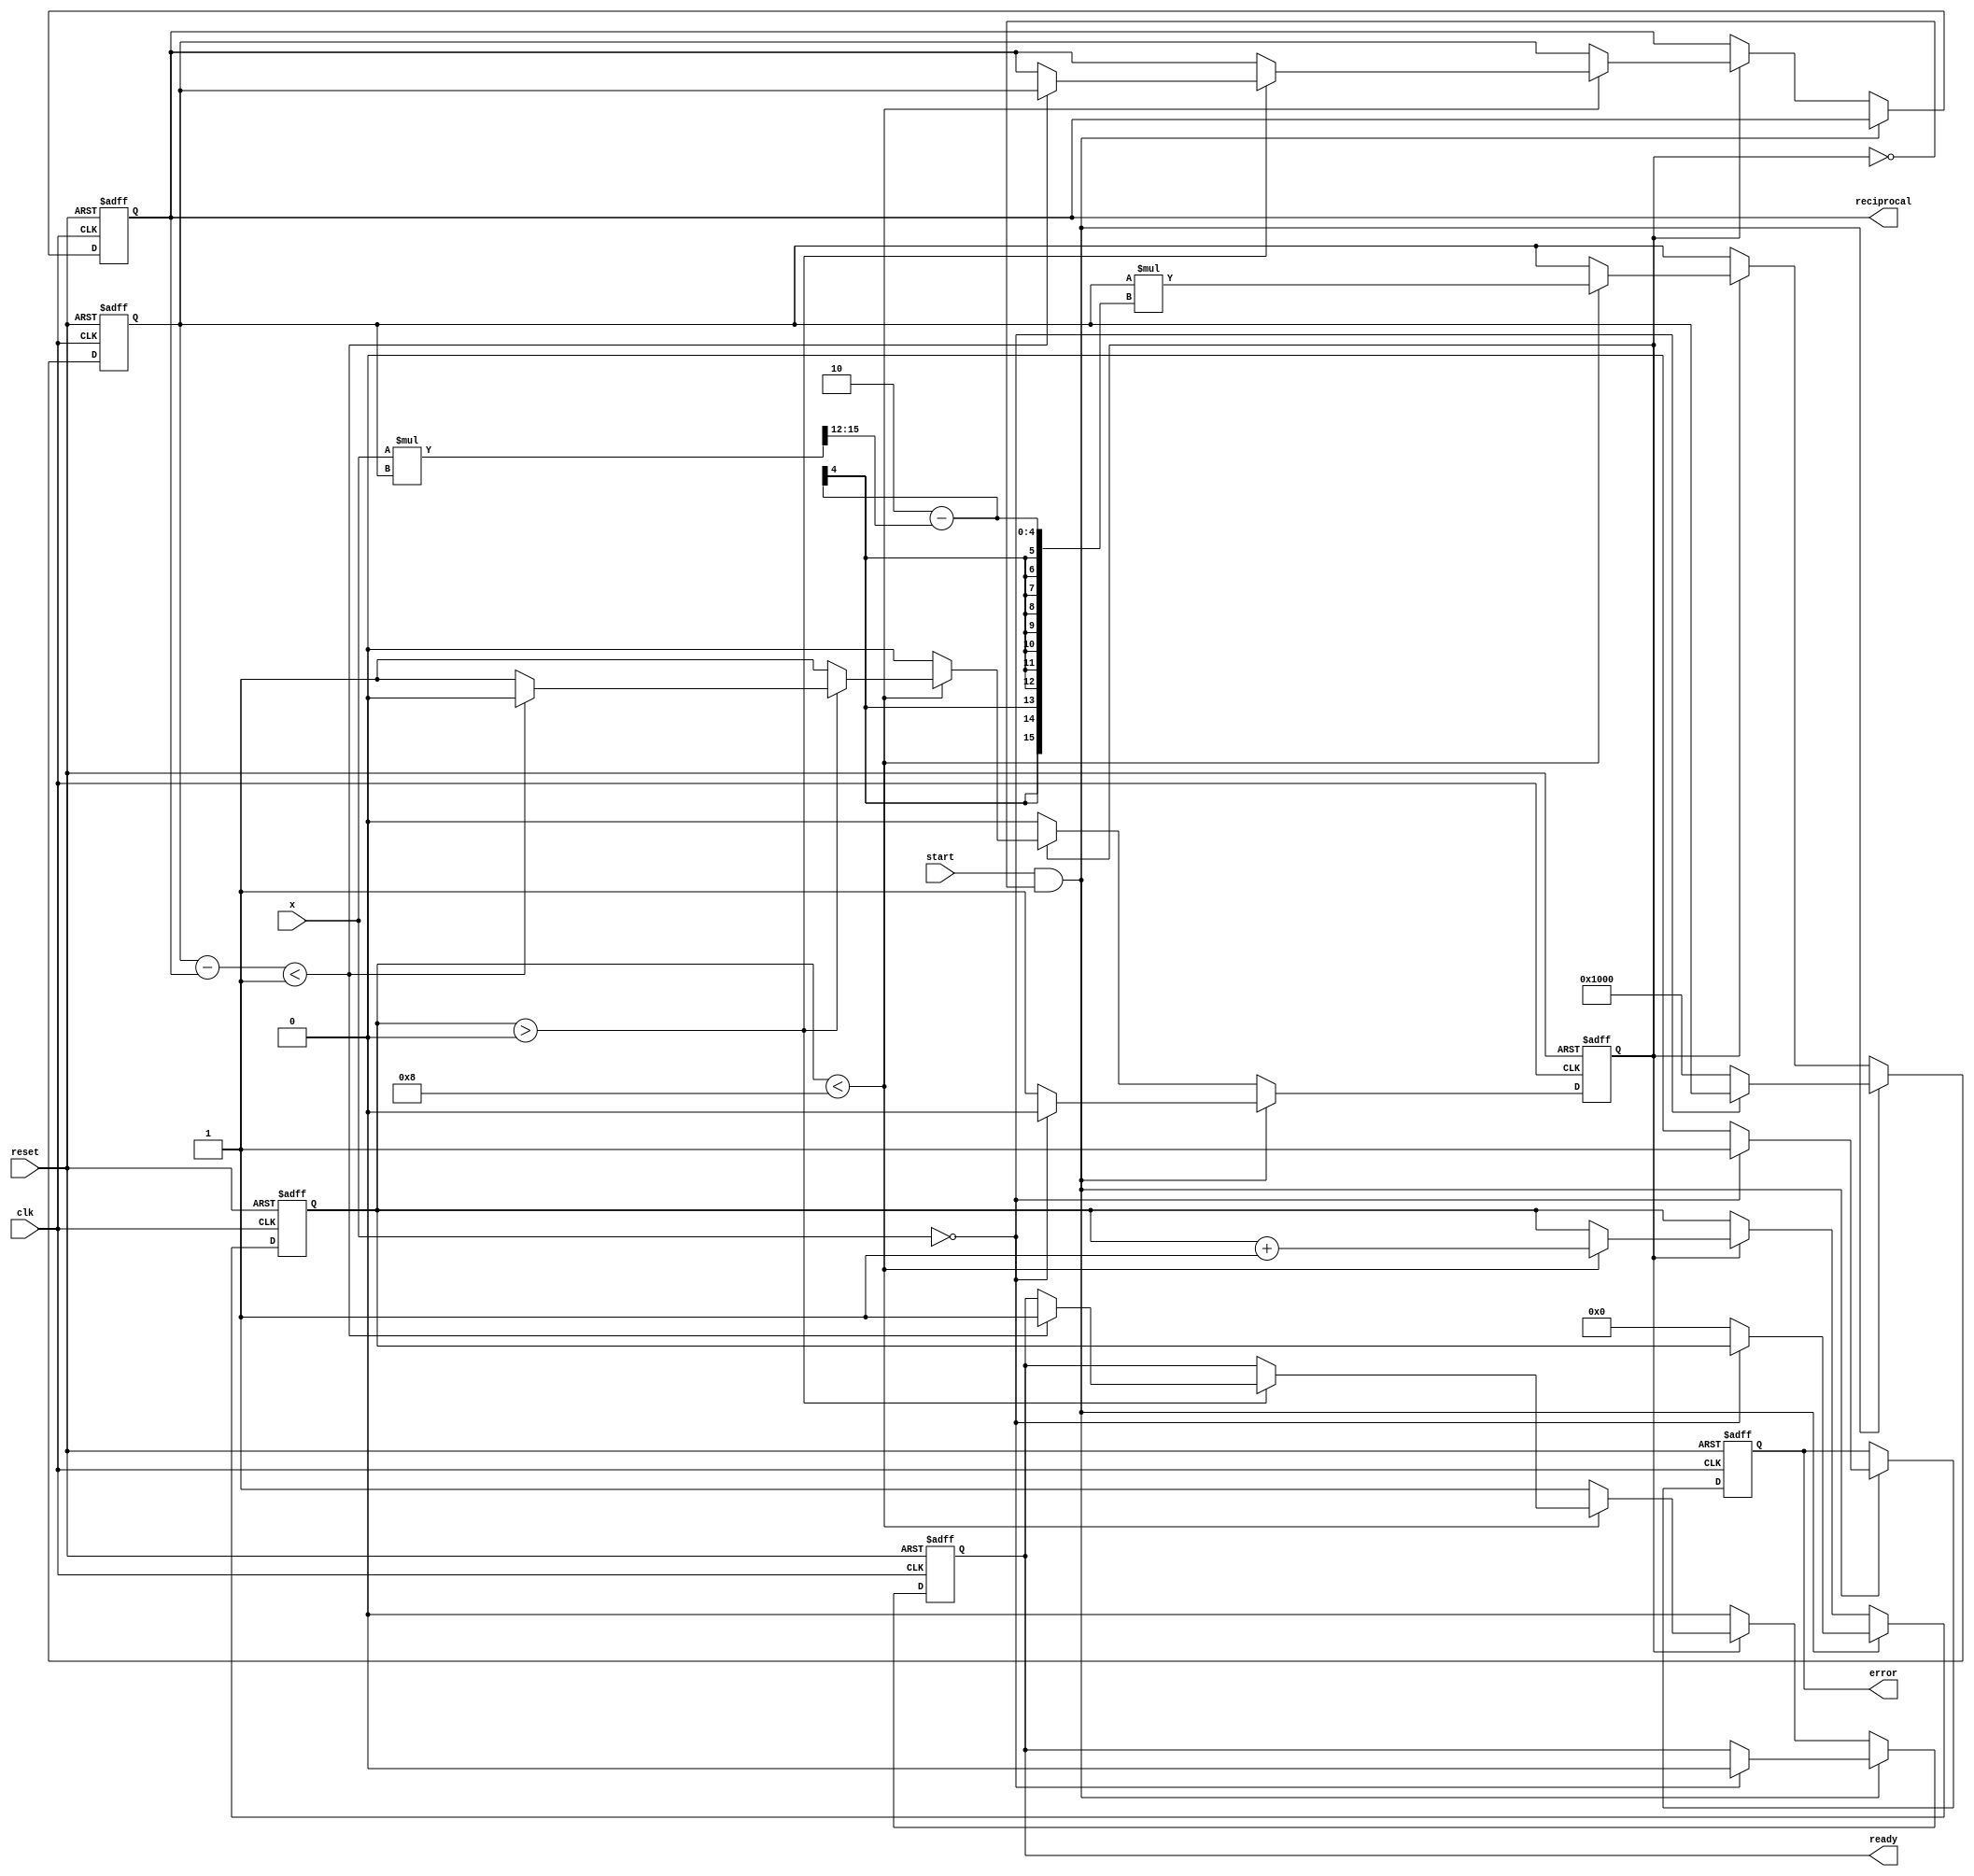
module NewtonRaphsonReciprocal(
    input  wire [15:0] x,        // Input value (fixed-point)
    input  wire start,           // Start signal for computation
    input  wire clk,             // Clock signal
    input  wire reset,           // Reset signal
    output reg [15:0] reciprocal, // Computed reciprocal (fixed-point)
    output reg ready,            // Ready signal
    output reg error             // Error signal (for division by zero)
);

    // Parameters
    parameter MAX_ITER = 8;       // Maximum iterations
    parameter THRESHOLD = 16'h0001; // Convergence threshold

    // Internal Registers
    reg [15:0] estimate;           // Current estimate of reciprocal
    reg [3:0] iteration_count;     // Count of iterations
    reg computing;                 // State flag for computing

    // Initial guess (fixed value to start, can be adjusted)
    reg [15:0] initial_guess;

    // State Machine
    always @(posedge clk or posedge reset) begin
        if (reset) begin
            reciprocal <= 16'h0000;  // Initial reciprocal value
            ready <= 1'b0;           // Not ready
            error <= 1'b0;           // No error
            estimate <= 16'h0000;    // Reset estimate
            iteration_count <= 4'd0;  // Reset iteration count
            computing <= 1'b0;        // Not currently computing
            initial_guess <= 16'h0000; // For use with initial computation
        end else if (start && !computing) begin
            // Handle division by zero
            if (x == 16'h0000) begin
                error <= 1'b1;
                computing <= 1'b0;
                ready <= 1'b0;
            end else begin
                error <= 1'b0;
                estimate <= 16'h1000;   // Initial guess: 1.0 in fixed-point
                iteration_count <= 4'd0; // Start iterations
                computing <= 1'b1;       // Start computation
            end
        end else if (computing) begin
            // Iterative computation using Newton-Raphson
            if (iteration_count < MAX_ITER) begin
                // Newton-Raphson iteration: y_{n+1} = y_n * (2 - x * y_n)
                estimate <= estimate * (16'h0002 - (x * estimate >> 12)); // x is fixed-point, shift for scaling
                iteration_count <= iteration_count + 1;
                
                // Check for convergence (based on change in estimate)
                if (iteration_count > 0) begin
                    if (estimate[15:0] - reciprocal[15:0] < THRESHOLD) begin
                        computing <= 1'b0;
                        reciprocal <= estimate;
                        ready <= 1'b1; // Computation complete
                    end 
                end
            end else begin
                // Max iterations reached, output current estimate
                reciprocal <= estimate;
                ready <= 1'b1; // Computation complete
                computing <= 1'b0;
            end
        end else if (ready) begin
            // Reset ready signal after reading output
            ready <= 1'b0;
            // Prepare for next computation if needed
        end
    end
endmodule